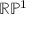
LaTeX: \mathbb { R } \mathbb { P } ^ { 1 }